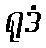
ရုဒံ